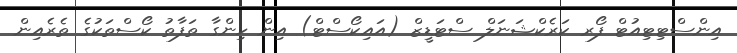
އިންސްޓިޓިއުޓް ފޯރ ކަރެކްޝަނަލް ސްޓަޑީޒް (އައިކޯސްޓް) އިން ހިންގާ ތަފާތު ކޯސްތަކުގެ ތެރެއިން